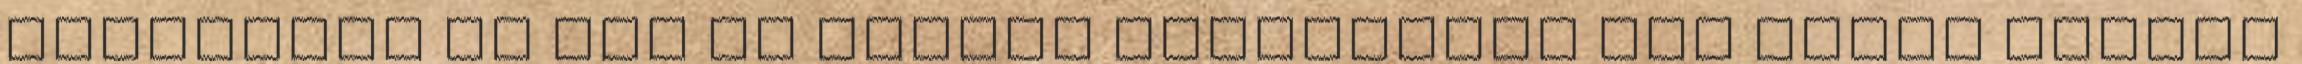
szerintem is ezt az önálló identitást nem lenne szabad